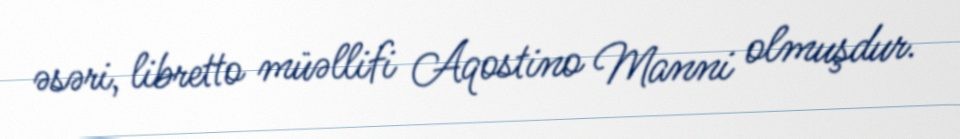
əsəri, libretto müəllifi Aqostino Manni olmuşdur.